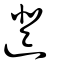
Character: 邆